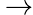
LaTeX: \, \to